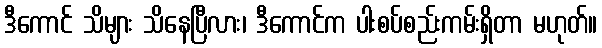
ဒီကောင် သိများ သိနေပြီလား၊ ဒီကောင်က ပါးစပ်စည်းကမ်းရှိတာ မဟုတ်။